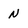
Character: N